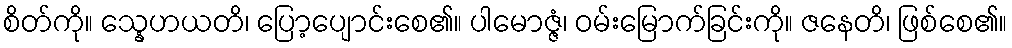
စိတ်ကို။ သ္နေဟယတိ၊ ပြော့ပျောင်းစေ၏။ ပါမောဇ္ဇံ၊ ဝမ်းမြောက်ခြင်းကို။ ဇနေတိ၊ ဖြစ်စေ၏။